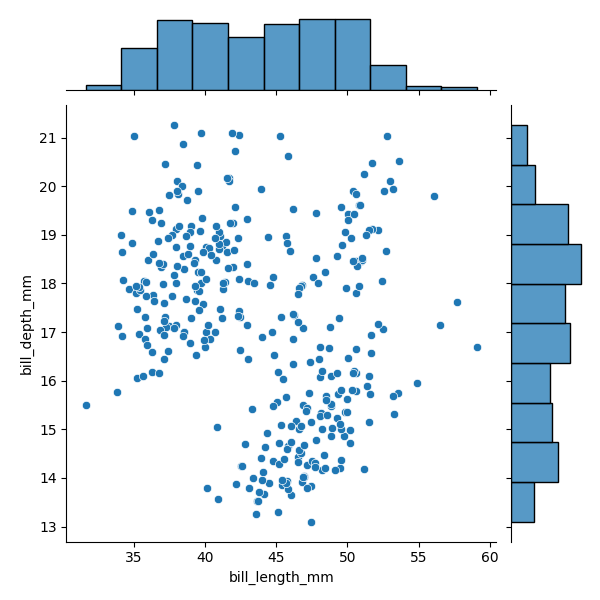
python, seaborn, JointGrid, scatterplot, histplot